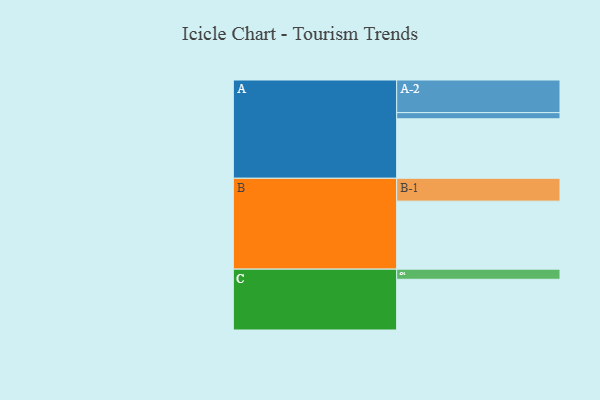
{"axis": {"x": "Segment", "y": "Value"}, "legend": ["", "A", "B", "C"], "data": [{"x": "A", "y": 523, "type": ""}, {"x": "B", "y": 598, "type": ""}, {"x": "C", "y": 446, "type": ""}, {"x": "A-1", "y": 54, "type": "A"}, {"x": "A-2", "y": 287, "type": "A"}, {"x": "B-1", "y": 201, "type": "B"}, {"x": "C-1", "y": 89, "type": "C"}]}